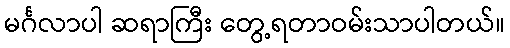
မင်္ဂလာပါ ဆရာကြီး တွေ့ရတာဝမ်းသာပါတယ်။